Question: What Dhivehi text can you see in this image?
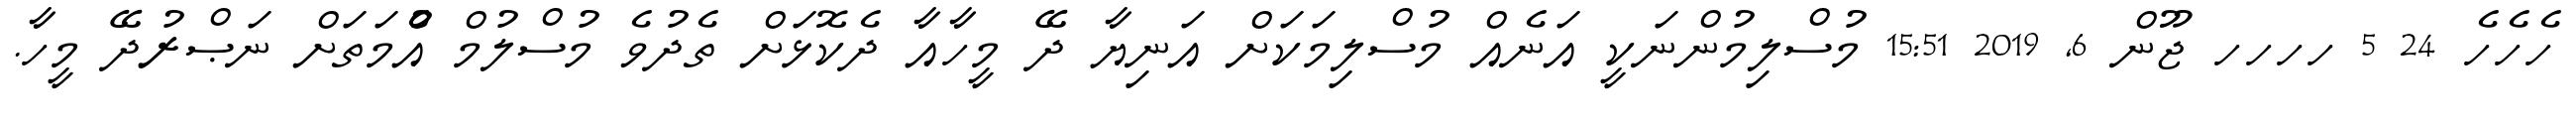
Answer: ހެހެހެ 24 5 ހހހހ ޖޫން 6, 2019 15:51 މުސްލިމުންނަކީ އަނެއް މުސްލިމަކަށް އަނިޔާ ދޭ މީހާއާ ދެކޮޅަށް ތެދުވެ މުސްލުމް އުެްމަތަށް ނަޞްރުދޭ މީހާ.